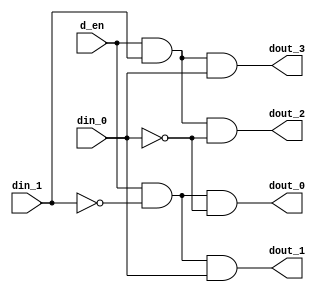
module decoder_24 (
	dout_3, dout_2, dout_1, dout_0,
	d_en,
	din_1, din_0
);

	input d_en, din_1, din_0;
	output dout_3, dout_2, dout_1, dout_0;
	wire w_not1, w_not0;

	not not0 (w_not0, din_0);
	not not1 (w_not1, din_1);
	and and0 (dout_0, d_en, w_not1, w_not0);
	and and1 (dout_1, d_en, w_not1, din_0);
	and and2 (dout_2, d_en, din_1, w_not0);
	and and3 (dout_3, d_en, din_1, din_0);

endmodule